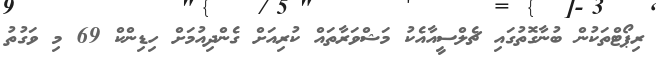
ރިޕޯޓްތަކުން ބުނާގޮތުގައި ޗެލްސީއާއެކު މަޝްވަރާތައް ކުރިއަށް ގެންދިއުމަށް ހިޑިންކް 69 މި ވަގުތު